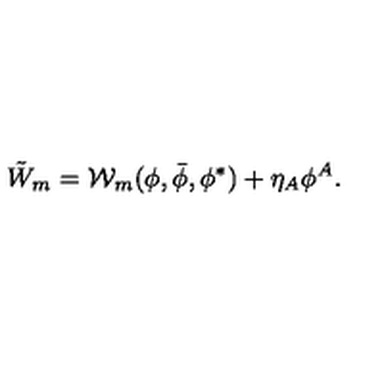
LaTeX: \tilde { W } _ { m } = { \cal W } _ { m } ( \phi , \bar { \phi } , \phi ^ { * } ) + \eta _ { A } \phi ^ { A } .